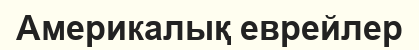
Америкалық еврейлер